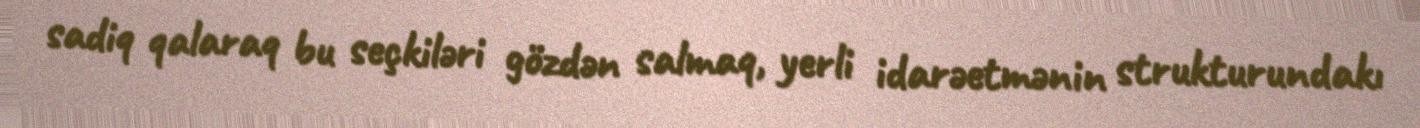
sadiq qalaraq bu seçkiləri gözdən salmaq, yerli idarəetmənin strukturundakı